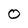
Character: 0